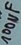
Text: 100µF